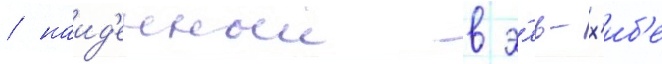
/ наид'енныи в э́ль-х'иб'е